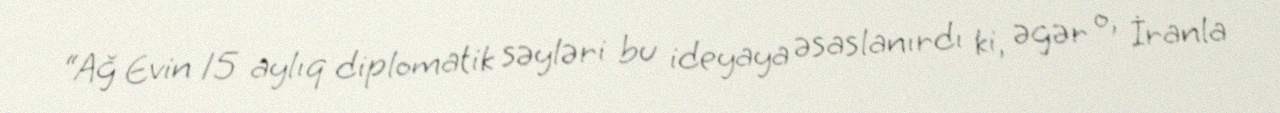
“Ağ Evin 15 aylıq diplomatik səyləri bu ideyaya əsaslanırdı ki, əgər o, İranla